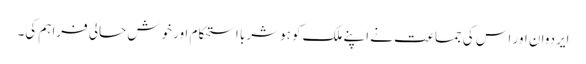
ایردوان اور اس کی جماعت نے اپنے ملک کو ہوشربا استحکام اور خوش حالی فراہم کی۔